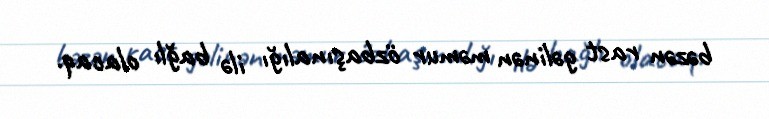
bəzən rast gəlinən məmur özbaşınalığı ilə bağlı olacaq.